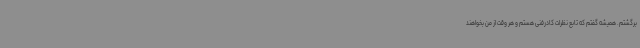
برگشتم. همیشه گفتم که تابع نظرات کادرفنی هستم و هر وقت از من بخواهند